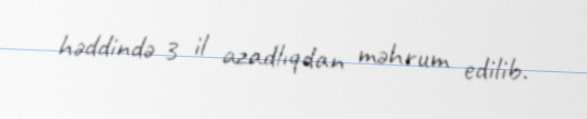
həddində 3 il azadlıqdan məhrum edilib.